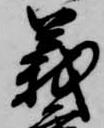
義